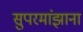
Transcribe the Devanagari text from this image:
सुपरमांझाना